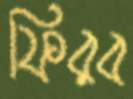
ফিরব